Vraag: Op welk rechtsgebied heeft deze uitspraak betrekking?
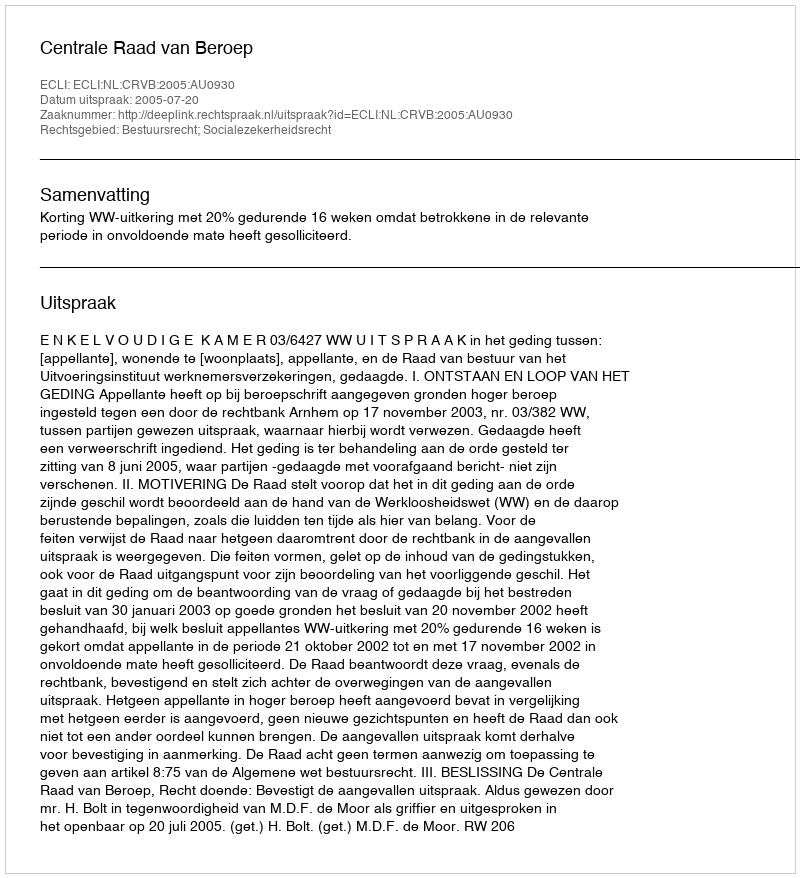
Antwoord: Bestuursrecht; Socialezekerheidsrecht